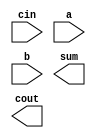
module rpfadd8(
    input cin,
    input [7:0] a,
    input [7:0] b,
    output [7:0] sum,
    output cout
);

    // TODO: write your code here

endmodule